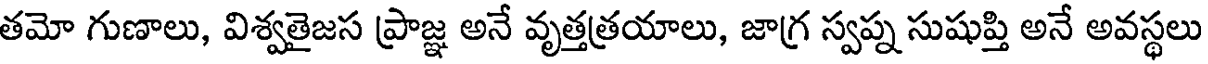
తమో గుణాలు, విశ్వతైజస ప్రాజ్ఞ అనే వృత్తత్రయాలు, జాగ్ర స్వప్న సుషుప్తి అనే అవస్థలు